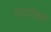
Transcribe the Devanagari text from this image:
उदयांचल